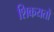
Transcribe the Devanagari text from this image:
शिकयतों